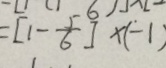
= [ 1 - \frac { 5 } { 6 } ] \times ( - 1 )